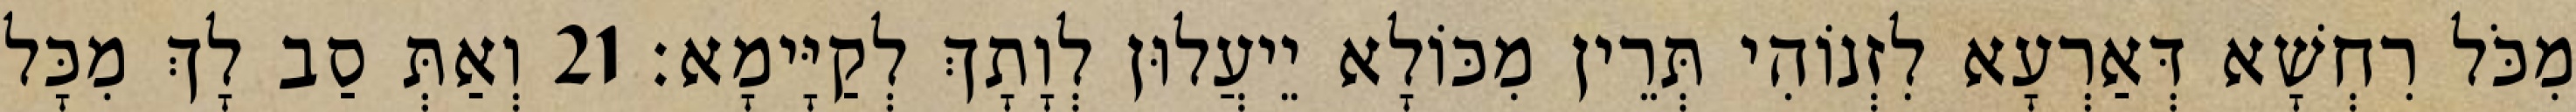
מִכֹּל רִחְשָׁא דְּאַרְעָא לִזְנוֹהִי תְּרֵין מִכּוֹלָא יֵיעֲלוּן לְוָתָךְ לְקַיָּימָא׃ 21 וְאַתְּ סַב לָךְ מִכָּל